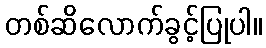
တစ်ဆိလောက်ခွင့်ပြုပါ။